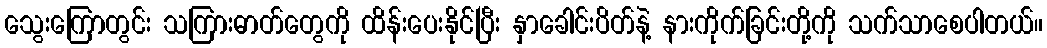
သွေးကြောတွင်း သကြားဓာတ်တွေကို ထိန်းပေးနိုင်ပြီး နှာခေါင်းပိတ်နဲ့ နားကိုက်ခြင်းတို့ကို သက်သာစေပါတယ်။